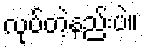
လုပ်တဲ့နည်းပဲ။